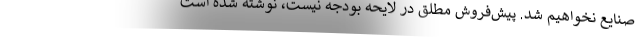
صنایع نخواهیم شد. پیش‌فروش مطلق در لایحه بودجه نیست، نوشته شده است